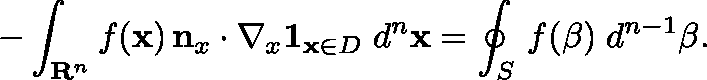
- \int _ { \mathbf { R } ^ { n } } f ( \mathbf { x } ) \, \mathbf { n } _ { x } \cdot \nabla _ { x } \mathbf { 1 } _ { \mathbf { x } \in D } \; d ^ { n } \mathbf { x } = \oint _ { S } \, f ( \mathbf { \beta } ) \; d ^ { n - 1 } \mathbf { \beta } .